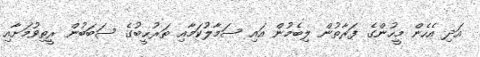
އަދި އެހެން މީހުންގެ ފަރާތުން ލިބެމުން އައި ސަމާލުކަމާއި ތަރުޙީބުގެ ސަބަބުން ރީތިވުމަށާއި